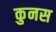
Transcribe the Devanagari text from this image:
कुनस